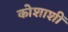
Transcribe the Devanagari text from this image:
कोशाशीं